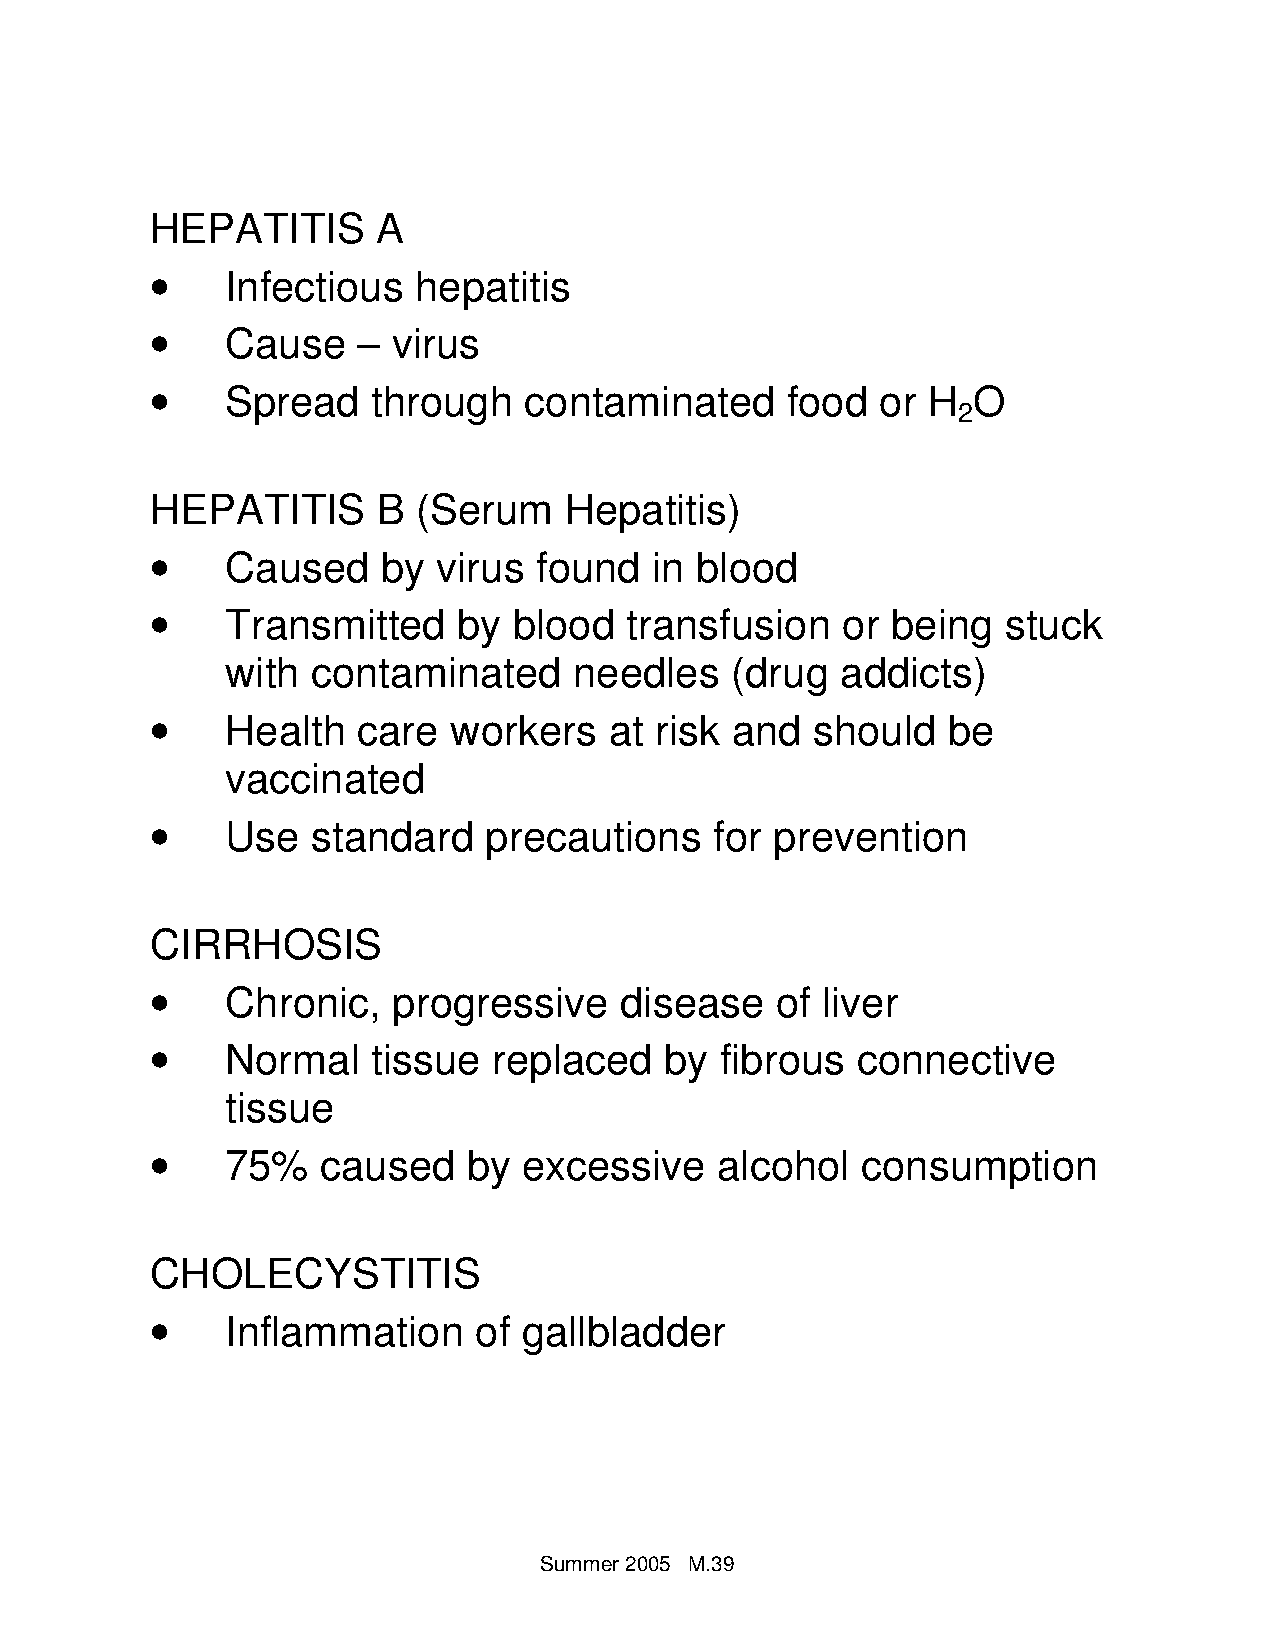
HEPATITIS      A
 •
 Infectious  hepatitis
 •
 Cause    – virus
 •
 Spread    through   contaminated     food  or H  O
 2
 HEPATITIS      B  (Serum   Hepatitis)
 •
 Caused    by  virus found   in blood
 •
 Transmitted    by  blood  transfusion    or being   stuck
 with  contaminated     needles   (drug   addicts)
 •
 Health   care  workers   at risk and   should   be
 vaccinated
 •
 Use   standard   precautions    for prevention
 CIRRHOSIS
 •
 Chronic,   progressive    disease   of liver
 •
 Normal    tissue  replaced   by  fibrous  connective
 tissue
 •
 75%   caused    by  excessive   alcohol   consumption
 CHOLECYSTITIS
 •
 Inflammation    of  gallbladder
 Summer 20 05 M.39